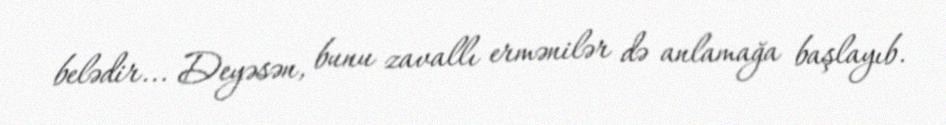
belədir... Deyəsən, bunu zavallı ermənilər də anlamağa başlayıb.